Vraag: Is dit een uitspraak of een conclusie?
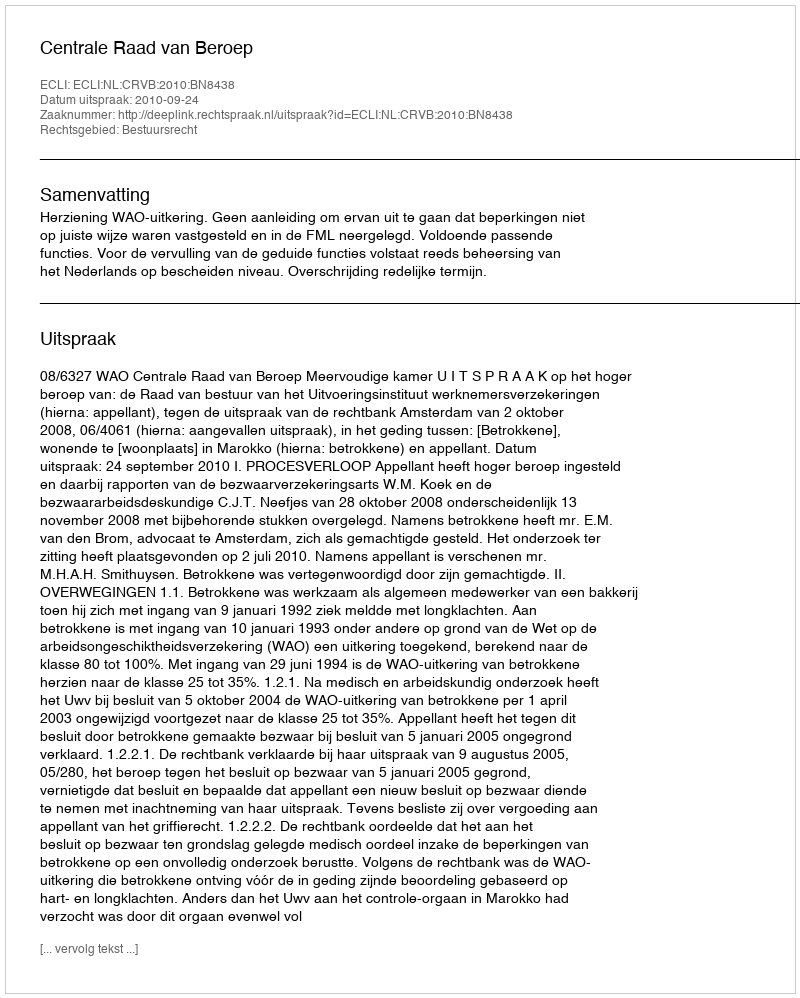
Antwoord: Uitspraak